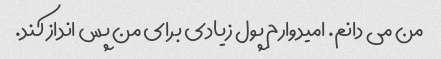
من می دانم. امیدوارم پول زیادی برای من پس انداز کند.